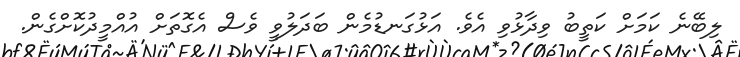
ލިބޭނެ ކަމަށް ކަތީބު ވިދާޅުވި އެވެ. އަޅުގަނޑުމެން ބަދަލުވީ ވެސް އެގޮތަށް އުއްމީދުކޮށްގެން.